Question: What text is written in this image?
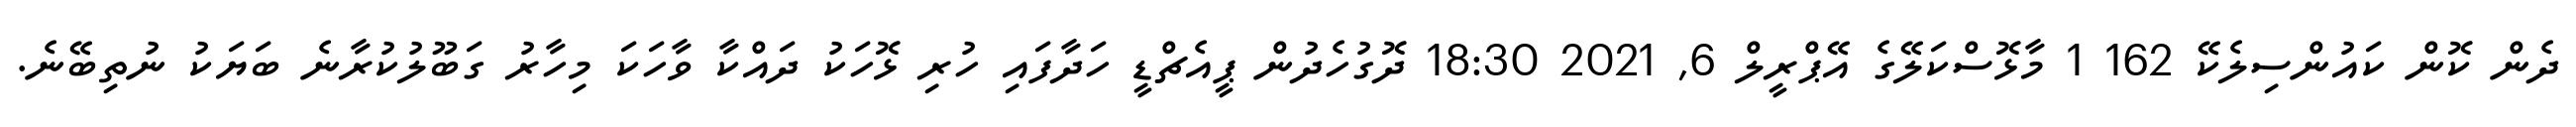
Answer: ދެން ކޮން ކައުންސިލެކޭ 162 1 މާޅޮސްކަލޭގެ އޭޕްރީލް 6, 2021 18:30 ދޮގުހެދުން ޕީއެޗްޑީ ހަދާފައި ހުރި ޅޮހަކު ދައްކާ ވާހަކަ މިހާރު ގަބޫލުކުރާނެ ބަޔަކު ނުތިބޭނެ.